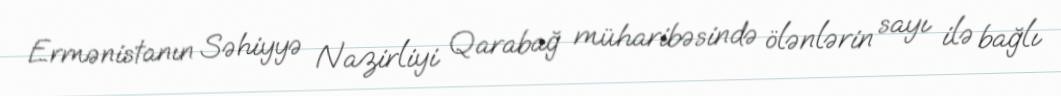
Ermənistanın Səhiyyə Nazirliyi Qarabağ müharibəsində ölənlərin sayı ilə bağlı